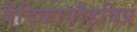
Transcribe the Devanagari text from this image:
वैदिकागौड़विप्र